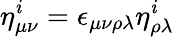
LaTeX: \eta_{\mu\nu}^{\mathit{i}}=\epsilon_{\mu\nu\rho\lambda}\eta_{\rho\lambda}^{\mathit{i}}